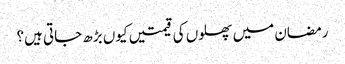
رمضان میں پھلوں کی قیمتیں کیوں بڑھ جاتی ہیں؟